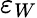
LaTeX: \varepsilon_{W}